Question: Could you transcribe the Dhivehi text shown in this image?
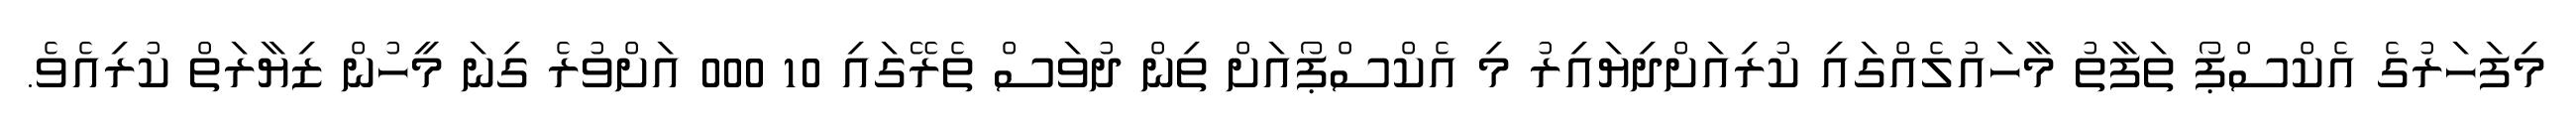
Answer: މިފަހަރުގެ އެކްސްޕޯ ތަފާތު މާހައުލެއްގައި ކުރިއަށްދިޔައިރު މި އެކްސްޕޯއަށް ތިން ދުވަސް ތެރޭގައި 10 000 އަށްވުރެ ގިނަ މީހުން ޒިޔާރަތް ކުރިއެވެ.